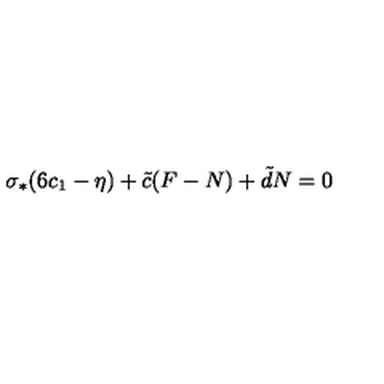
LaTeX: \sigma _ { * } ( 6 c _ { 1 } - \eta ) + \tilde { c } ( F - N ) + \tilde { d } N = 0